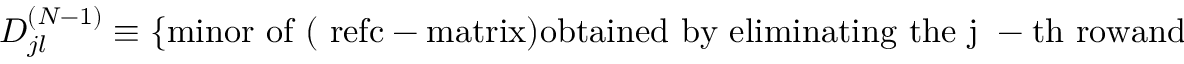
D _ { j l } ^ { ( N - 1 ) } \equiv \left\{ \mathrm { m i n o r ~ o f ~ ( \ r e f { c - m a t r i x } ) o b t a i n e d ~ b y ~ e l i m i n a t i n g ~ t h e ~ j ~ - t h ~ r o w a n d ~ t h e ~ l ~ - t h ~ c o l u m n } \right\} \; .